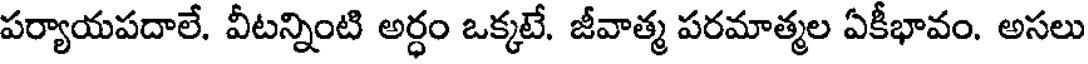
పర్యాయపదాలే. వీటన్నింటి అర్ధం ఒక్కటే. జీవాత్మ పరమాత్మల ఏకీభావం. అసలు